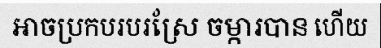
អាចប្រកបរបរស្រែ ចម្ការបាន ហើយ